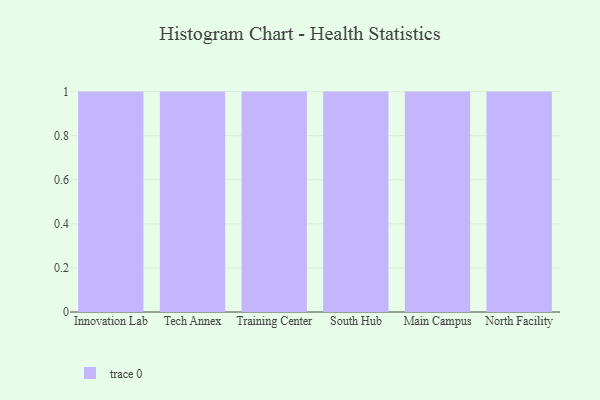
{"axis": {"x": "Campus", "y": "Shipments"}, "legend": [""], "data": [{"x": "Innovation Lab", "y": 90, "type": ""}, {"x": "Tech Annex", "y": 5, "type": ""}, {"x": "Training Center", "y": 40, "type": ""}, {"x": "South Hub", "y": 71, "type": ""}, {"x": "Main Campus", "y": 83, "type": ""}, {"x": "North Facility", "y": 6, "type": ""}]}